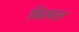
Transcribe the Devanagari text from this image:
विज़्वल